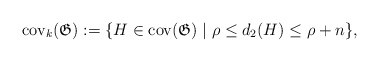
\begin{align*}\mathrm{cov}_k(\mathfrak{G}):=\lbrace H\in\mathrm{cov}(\mathfrak{G})\mid\rho\le d_2(H)\le\rho+n\rbrace,\end{align*}